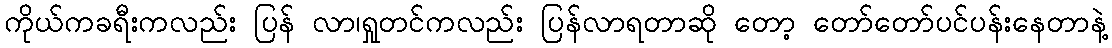
ကိုယ်ကခရီးကလည်း ပြန် လာ၊ရှုတင်ကလည်း ပြန်လာရတာဆို တော့ တော်တော်ပင်ပန်းနေတာနဲ့